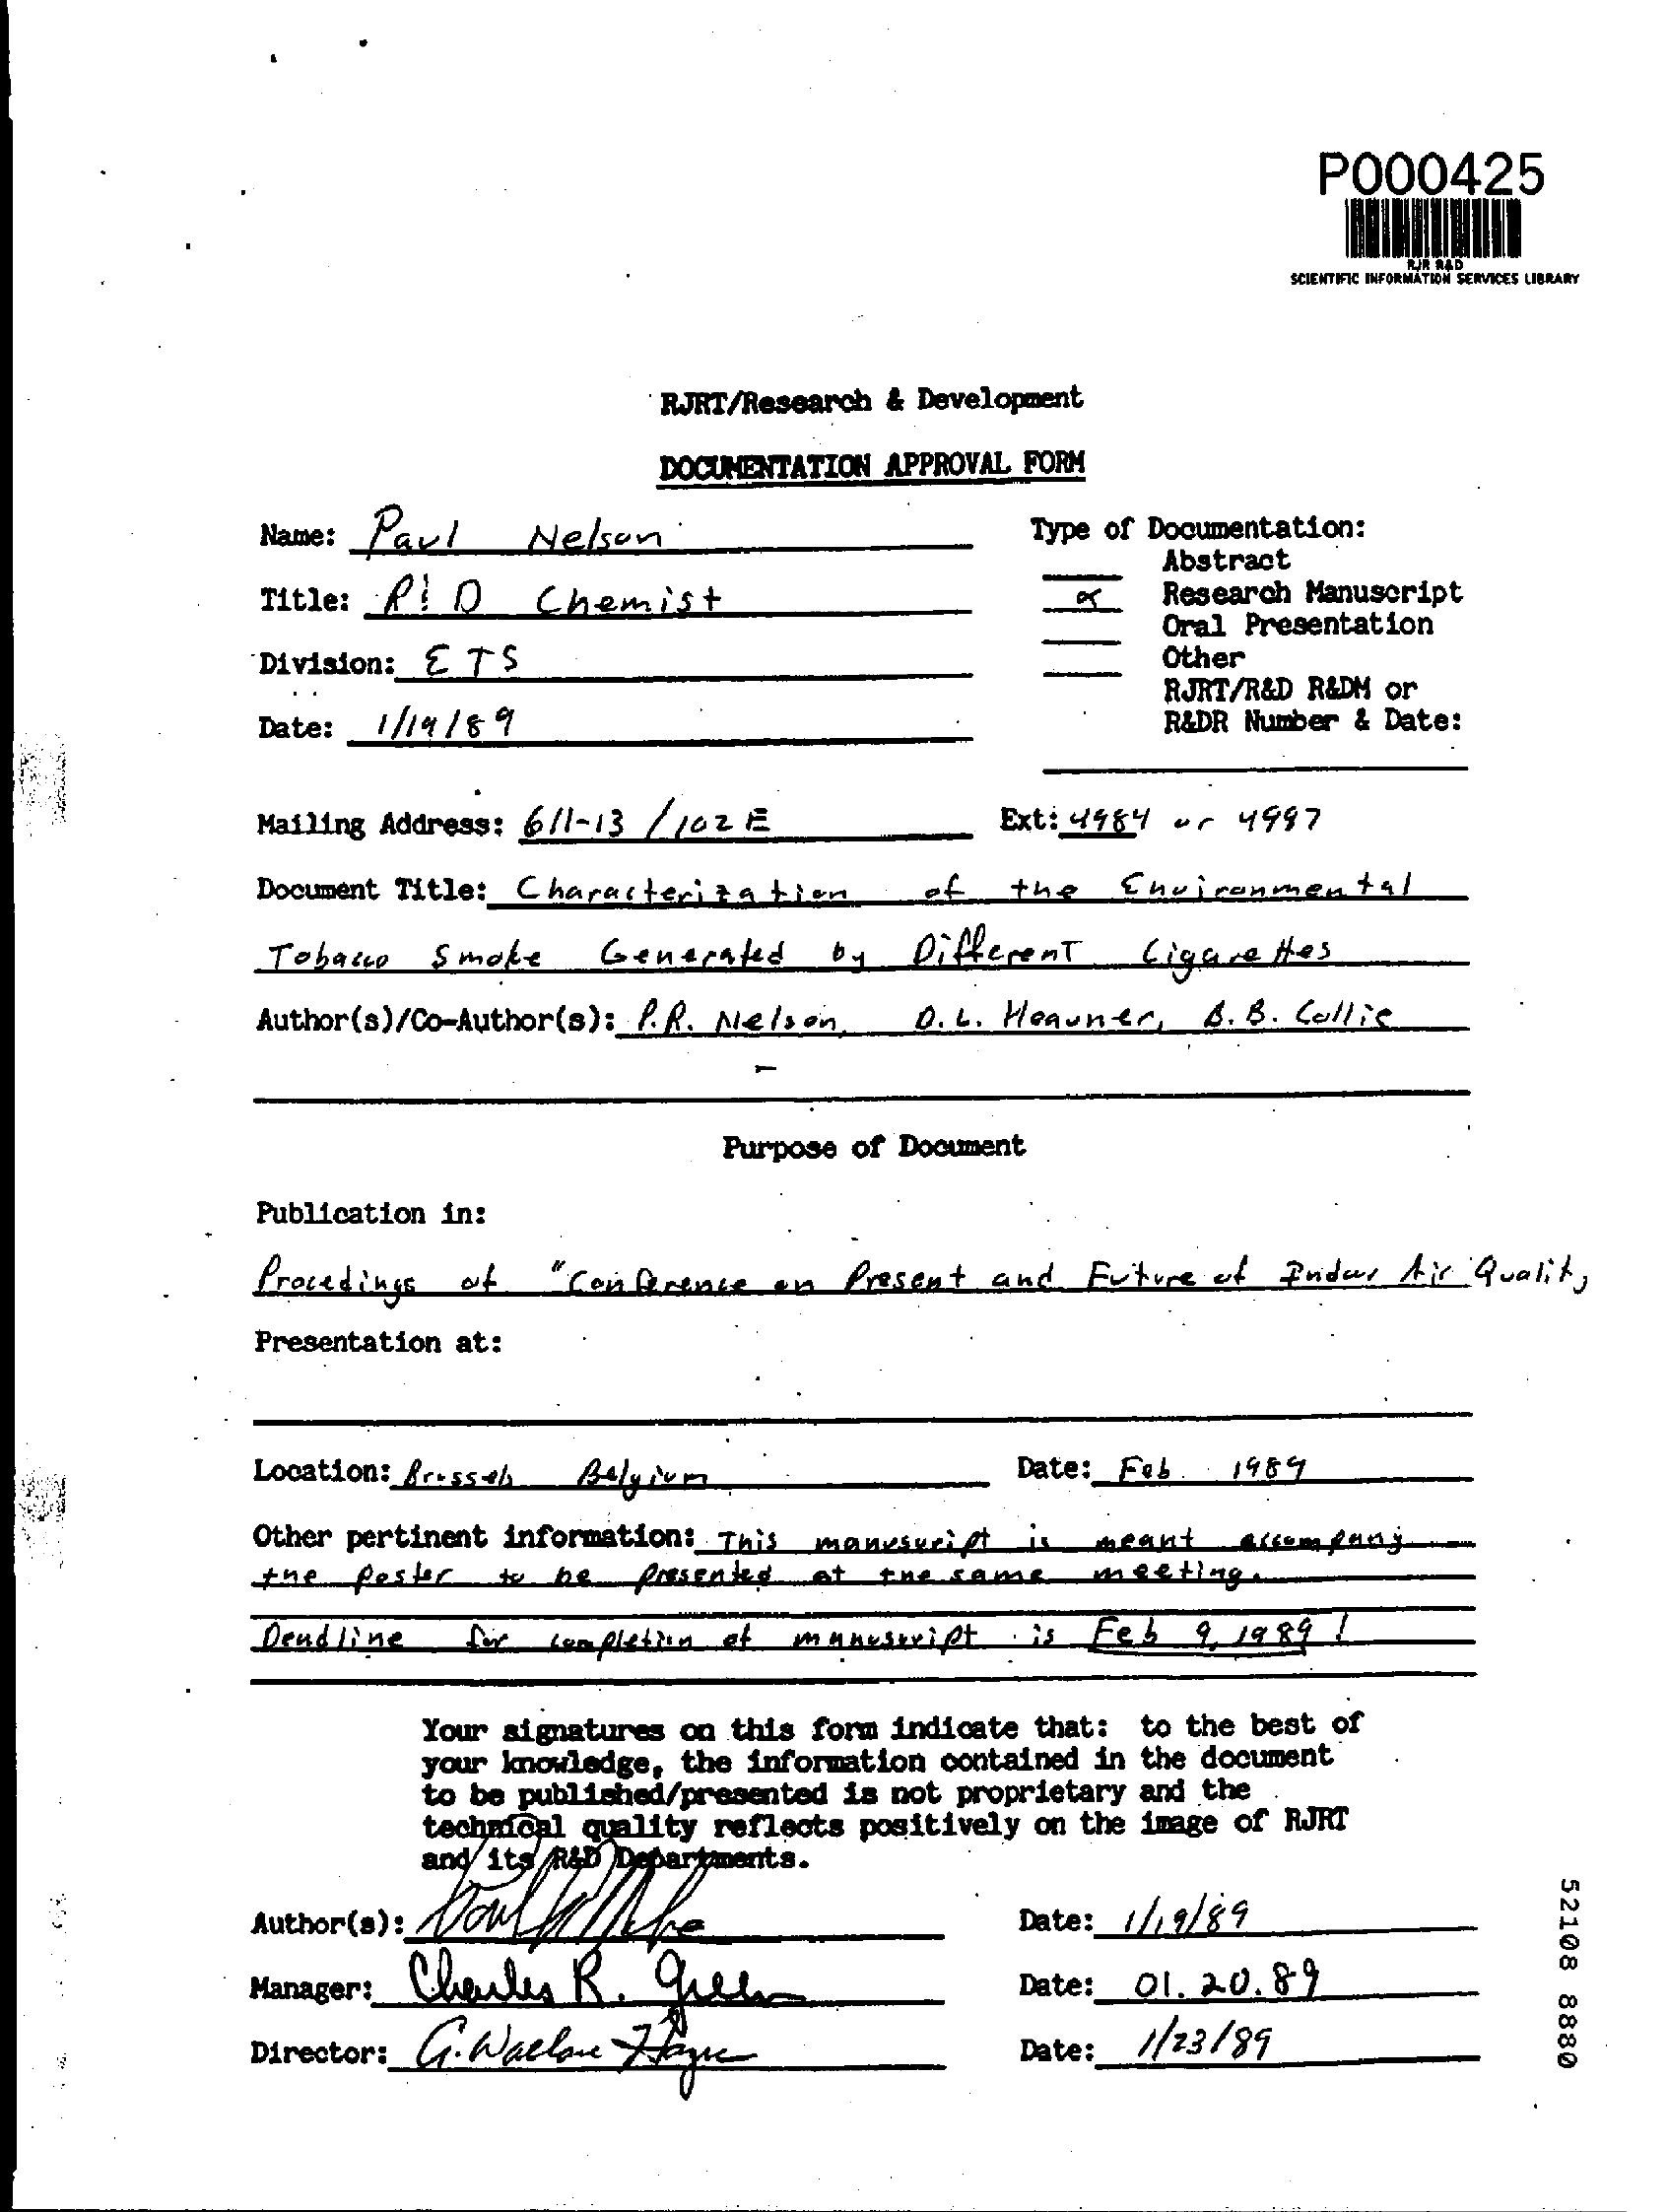
P000425
     SCIENTIFIC INFORMATION SERVICES LIBRARY
     RJRT/Research & Development
     DOCUMENTATION APPROVAL FORM
     Name : Paul Nelson    Type of Documentation:
     Title: P: D Chemist
     Abstract
     Research Manuscript
     Division: 275
     Oral Presentation
     Other
     Date: 1/14/89
     RJRT/R&D R&DM or
     R&DR Number & Date:
     Mailing Address: 6/1-13 /102 F   Ext : 4984 or 4997
     Document Title: Characterina bien. of the Environmental
     Tobacco Smoke Generated by  Different Cigarettes
     Author(s)/Co-Author(s): P.R. Nelson, O. L. Heavner, B. B. Collie
     Purpose of Document
     Publication in:
     Procedings of " Conference on Present and Future of Endas Air Qualit ,
     Presentation at:
     Location: Ressl Ady Nem    Date: Feb. . 1969
     Other pertinent information: This mancseri et i meant ettem patj
     the pester to be presented at the same meeting
     Deadline for completion of manuscript . is Feb 9, 1989 7
     Your signatures on this form indicate that: to the best of
     your knowledge, the information contained in the document
     to be published/presented is not proprietary and the
     technical quality reflects positively on the image of RJRT
     and its R&b Departments.
     52108
     8880
     Author(a): You    Date: 14/9/89
     Manager: Charles R. quels    Date: 01. 20. 89
     Director: C. Wallon Lige    Date: 1/23/89